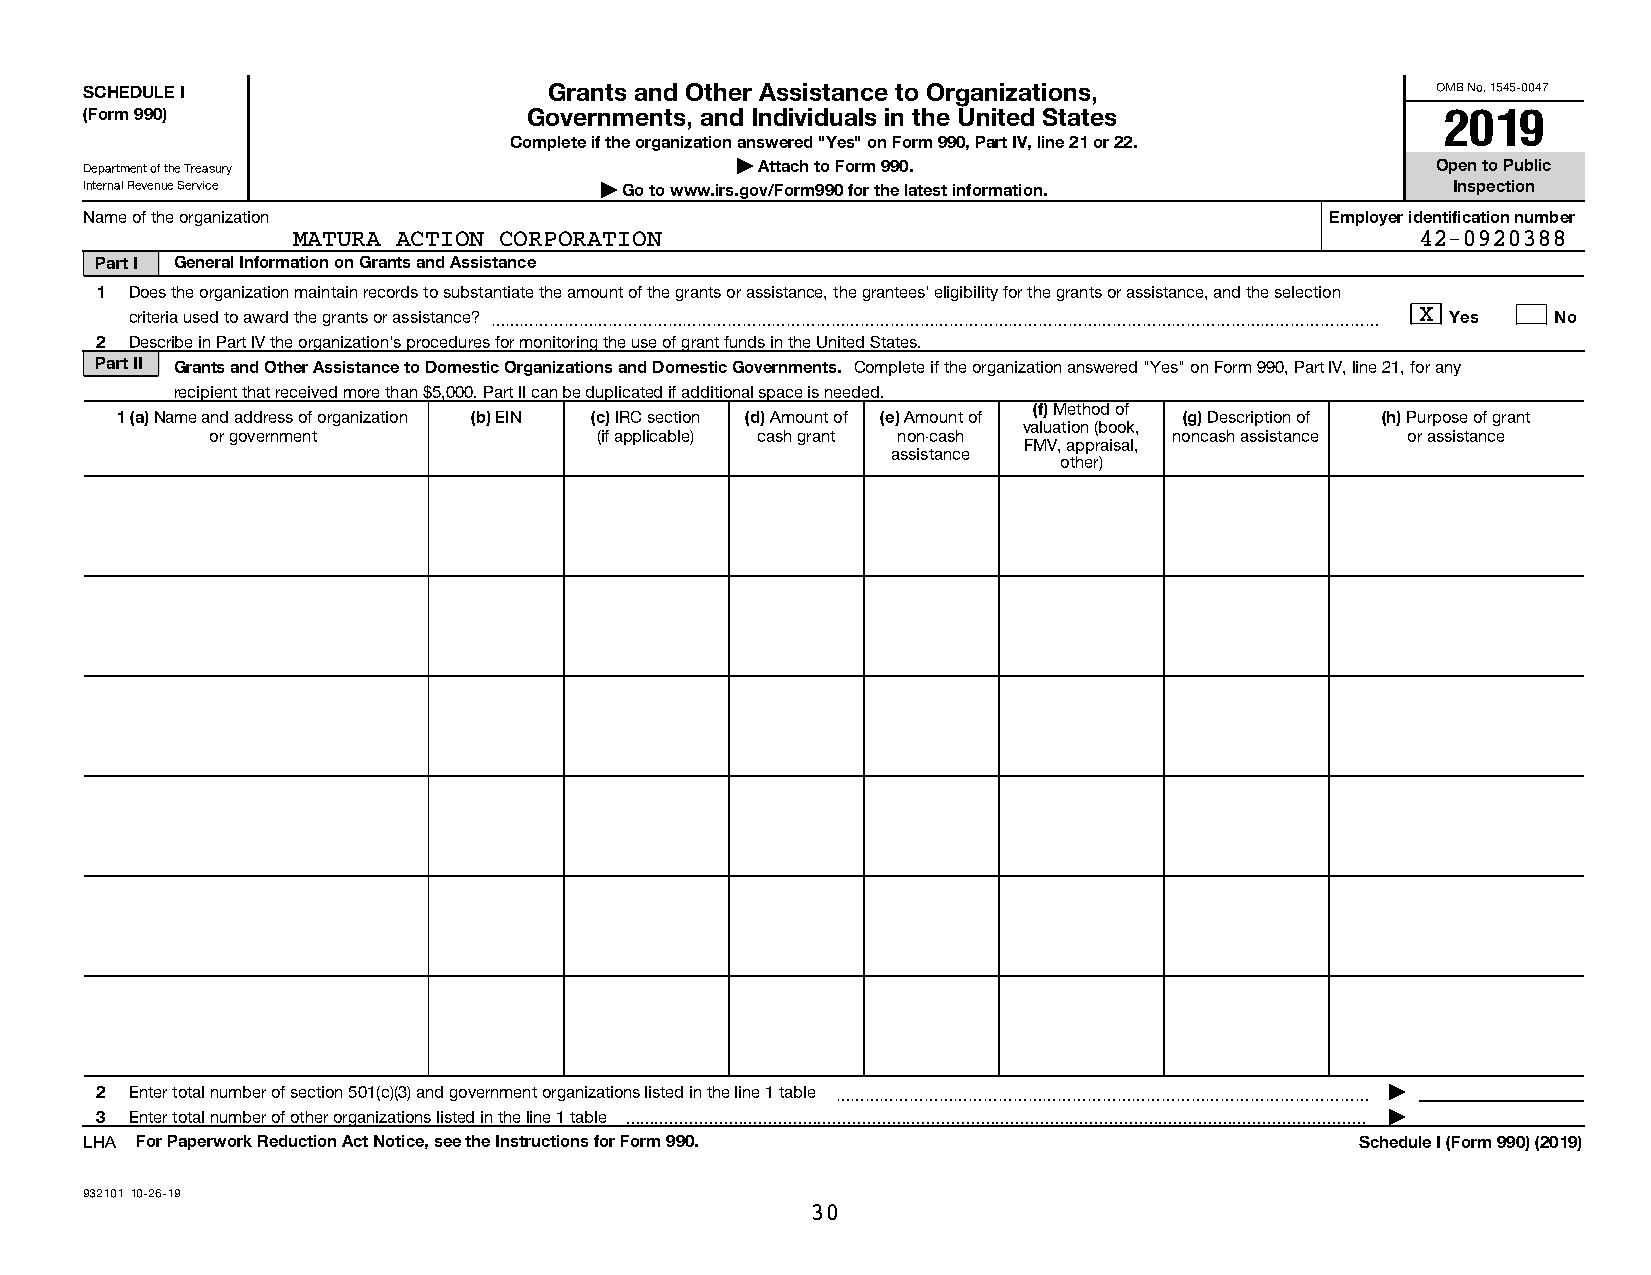
SCHEDULE I                    Grants and Other Assistance to Organizations,              OMB No. 1545-0047
 (Form 990)                   Governments, and Individuals in the United States            2019
 Complete if the organization answered "Yes" on Form 990, Part IV, line 21 or 22.
 Department of the Treasury                 | Attach to Form 990.                         Open to Public
 Internal Revenue Service          | Go to www.irs.gov/Form990 for the latest information. Inspection
 Name of the organization                                                          Employer identification number
 MATURA ACTION CORPORATION                                                  42-0920388
 Part I General Information on Grants and Assistance
 1  Does the organization maintain records to substantiate the amount of the grants or assistance, the grantees' eligibility for the grants or assistance, and the selection
 criteria used to award the grants or assistance? ~~~~~~~~~~~~~~~~~~~~~~~~~~~~~~~~~~~~~~~~~~~~~~~~~~~~~~~~~~~~ X Yes No
 2  Describe in Part IV the organization's procedures for monitoring the use of grant funds in the United States.
 Part II Grants and Other Assistance to Domestic Organizations and Domestic Governments. Complete if the organization answered "Yes" on Form 990, Part IV, line 21, for any
 recipient that received more than $5,000. Part II can be duplicated if additional space is needed.
 (f) Method of
 1 (a) Name and address of organization (b) EIN (c) IRC section (d) Amount of (e) Amount of (g) Description of (h) Purpose of grant
 valuation (book,
 or government             (if applicable) cash grant non-cash   noncash assistance or assistance
 FMV, appraisal,
 assistance
 other)
 2  Enter total number of section 501(c)(3) and government organizations listed in the line 1 table ~~~~~~~~~~~~~~~~~~~~~~~~~~~~~~~~~~~~ |
 3  Enter total number of other organizations listed in the line 1 table  |
 LHA For Paperwork Reduction Act Notice, see the Instructions for Form 990.          Schedule I (Form 990) (2019)
 932101 10-26-19
 30